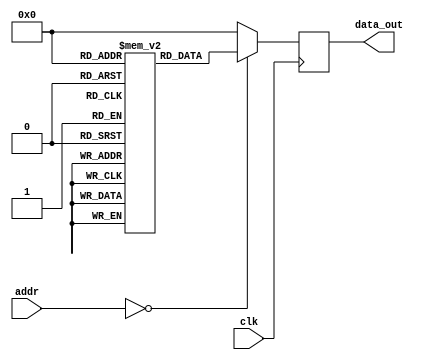
module anti_fuse_rom(
    input wire clk,
    input wire [ADDR_WIDTH-1:0] addr,
    output reg [DATA_WIDTH-1:0] data_out
);

parameter ADDR_WIDTH = 8;
parameter DATA_WIDTH = 8;
parameter MEM_DEPTH = 256;

reg [DATA_WIDTH-1:0] memory [0:MEM_DEPTH-1];
 
//Anti-fuse ROM initialization
initial begin
    //Initialize memory array with programmed values
    memory[0] = 8'hAA; //example programmed value
    //Add more programmed values here
    
    //Additional programming of anti-fuses during manufacturing
    //...
end

//Address decoding logic
always @ (posedge clk) begin
    case(addr)
        8'h00: data_out <= memory[0];
        //Add more cases for other memory locations
        default: data_out <= 8'b0; //Default output value
    endcase
end

endmodule